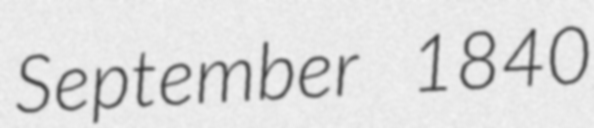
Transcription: September 1840